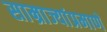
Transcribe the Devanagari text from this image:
साम्राज्यांप्रमाणे